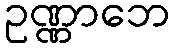
ဥဏ္ဏာဘေ